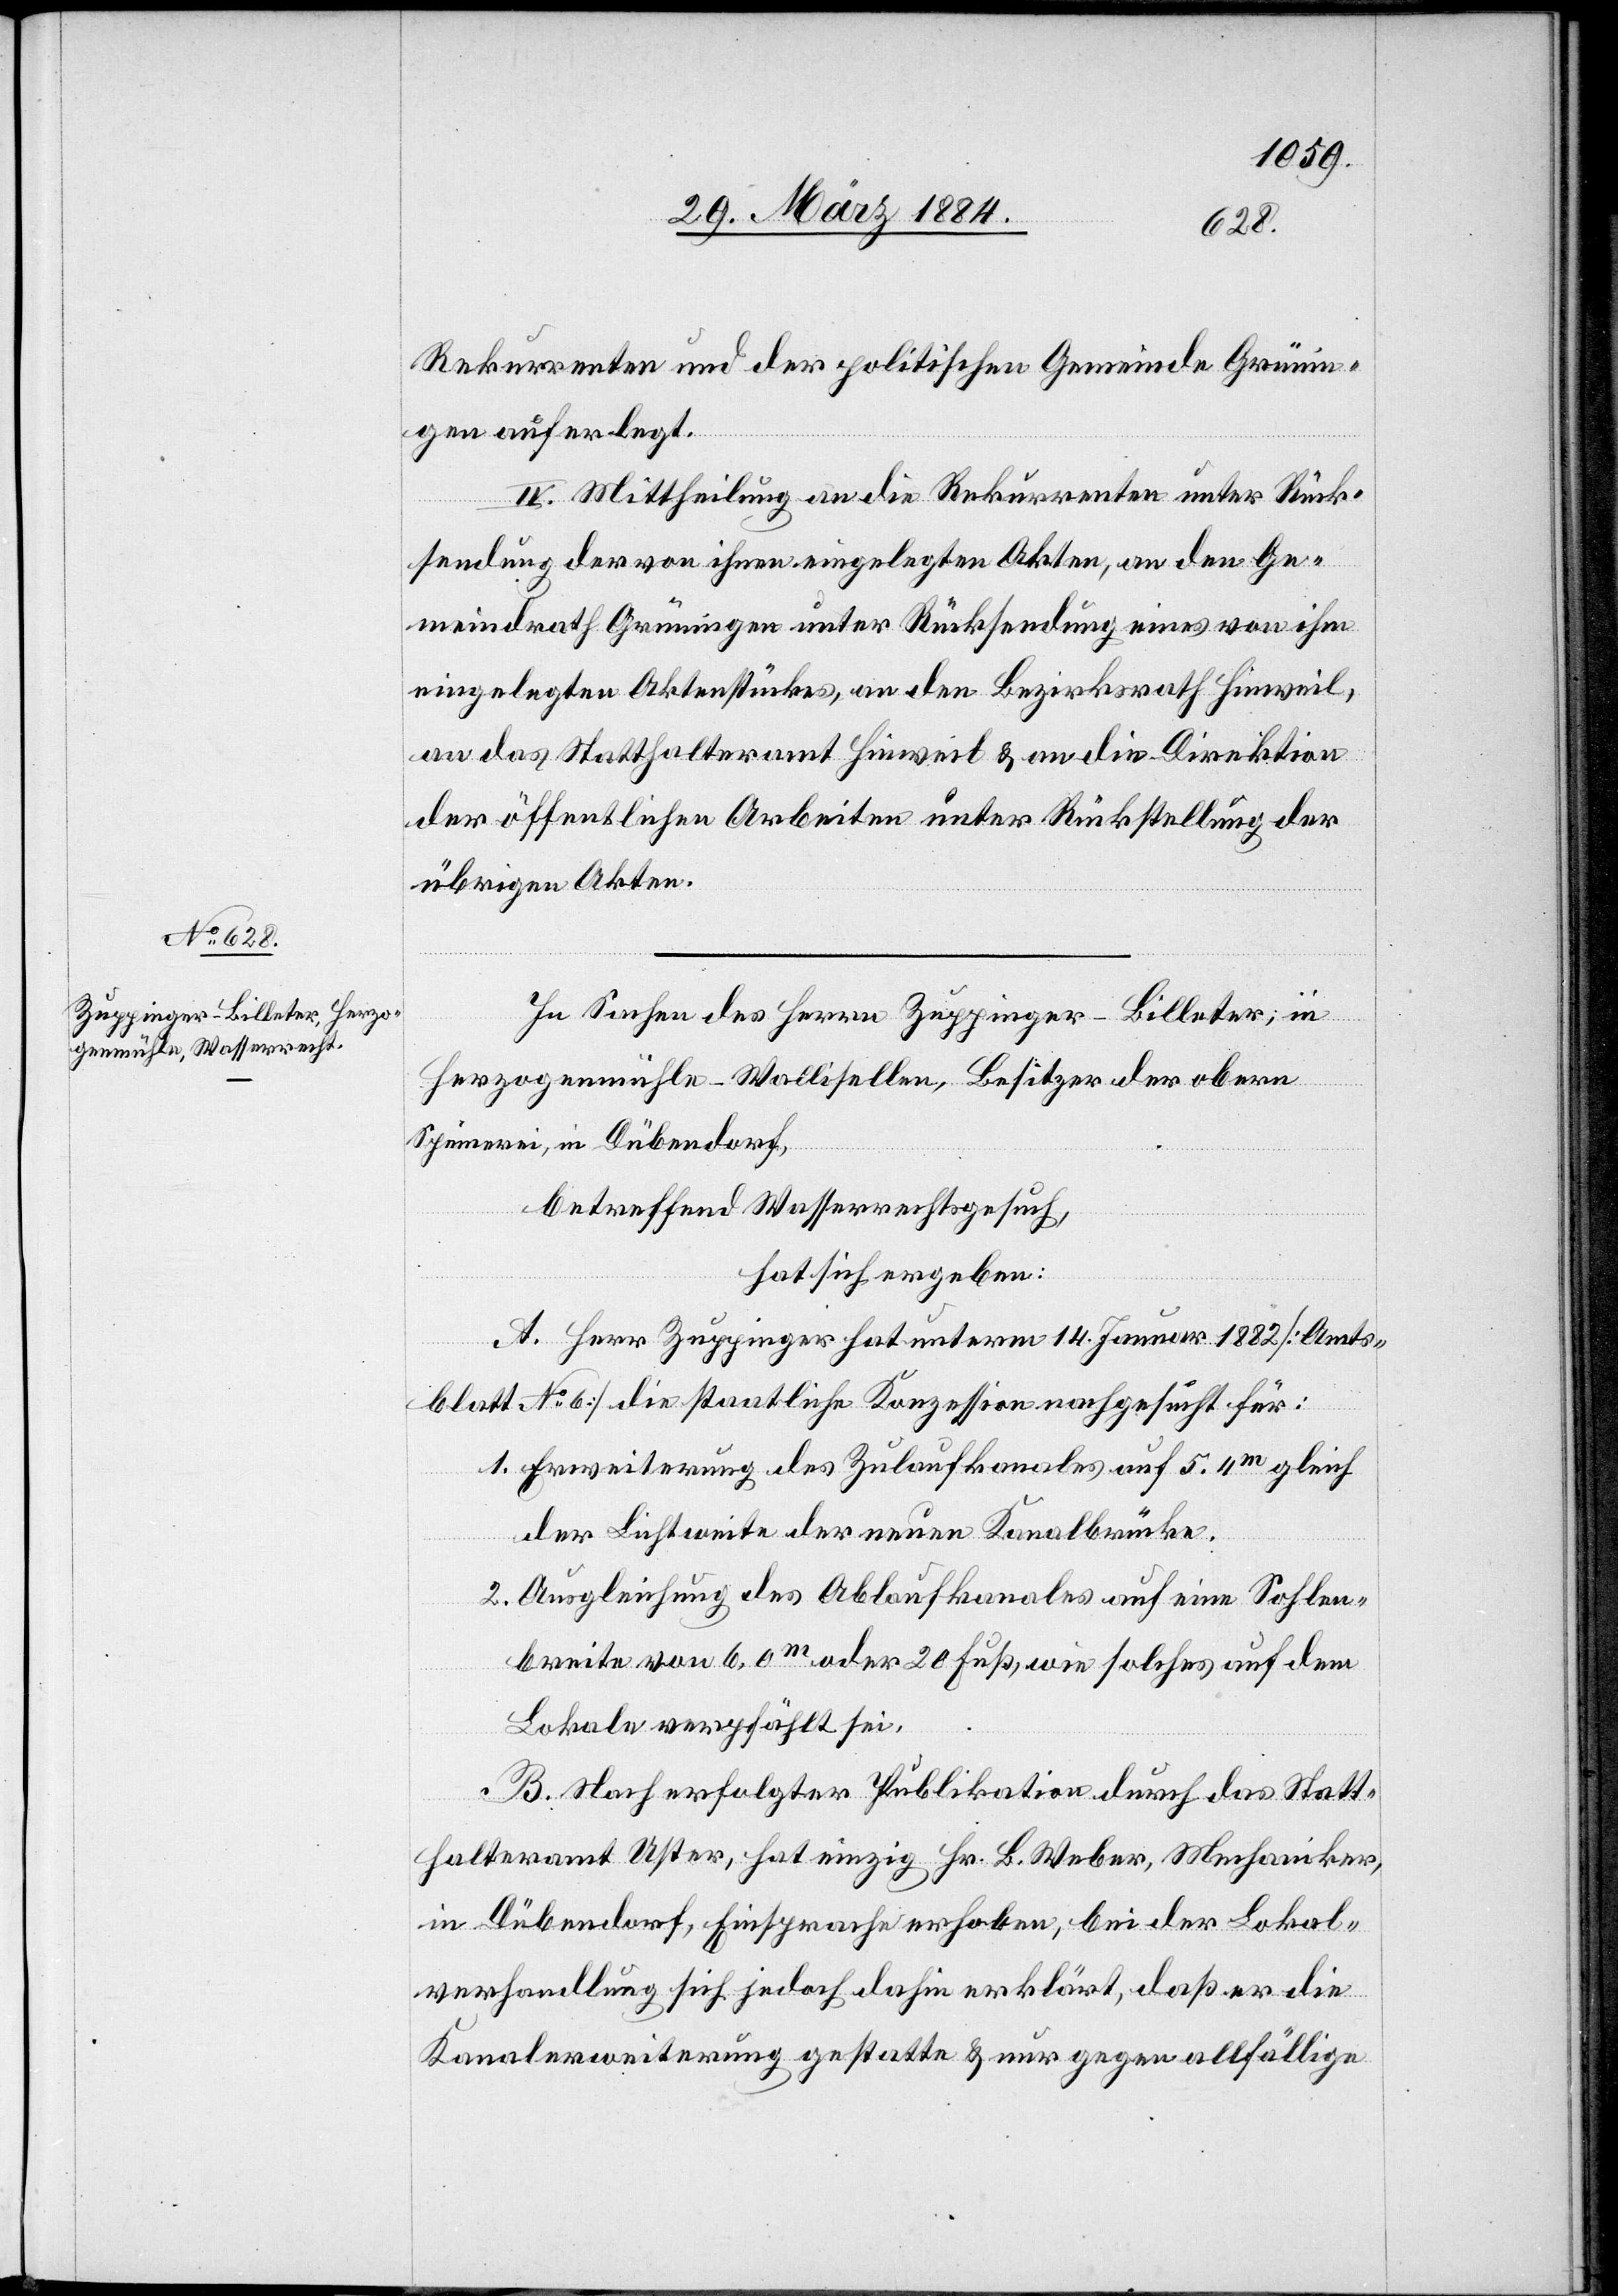
Rekurrenten und der politischen Gemeinde Grünin¬
gen auferlegt.
IV. Mittheilung an die Rekurrenten unter Rück¬
sendung der von ihnen eingelegten Akten, an den Ge¬
meindrath Grüningen unter Rücksendung eines von ihm
eingelegten Aktenstückes, an den Bezirksrath Hinweil,
an das Statthalteramt Hinweil & an die Direktion
der öffentlichen Arbeiten unter Rückstellung der
übrigen Akten.
In Sachen des Herrn Zuppinger-Billeter, in
Herzogenmühle - Wallisellen, Besitzer der obern
Spinnerei, in Dübendorf,
betreffend Wasserrechtsgesuch,
hat sich ergeben:
A. Herr Zuppinger hat unterm 14. Januar 1882 [Amts¬
blatt No 6] die staatliche Konzession nachgesucht für:
1. Erweiterung des Zulaufkanales auf 5,4m gleich
der Lichtweite der neuen Kanalbrücke.
2. Ausgleichung des Ablaufkanales auf eine Sohlen¬
breite von 6,0m oder 20 Fuß, wie solches auf dem
Lokale verpfählt sei.
B. Nach erfolgter Publikation durch das Statt¬
halteramt Uster, hat einzig Hr. B. Weber, Mechaniker,
in Dübendorf, Einsprache erhoben, bei der Lokal¬
verhandlung sich jedoch dahin erklärt, daß er die
Kanalerweiterung gestatte & nur gegen allfällige